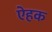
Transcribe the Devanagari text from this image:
ऐहक